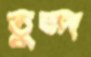
তুন্দ